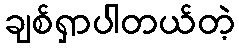
ချစ်ရှာပါတယ်တဲ့